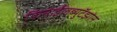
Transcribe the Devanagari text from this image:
फिनाईलब्युटॅझोन